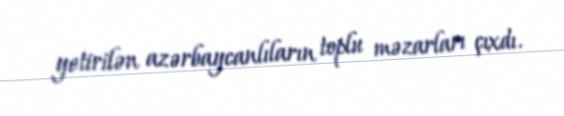
yetirilən azərbaycanlıların toplu məzarları çıxdı.